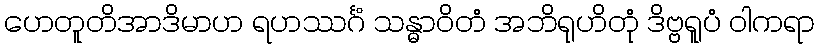
ဟေတူတိအာဒိမာဟ ရဟဿင်္ဂံ သန္ဓာဝိတံ အဘိရုဟိတုံ ဒိဗ္ဗရူပံ ဝါကရာ